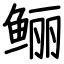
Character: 鲡